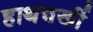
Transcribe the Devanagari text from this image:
हाथचर्खी